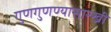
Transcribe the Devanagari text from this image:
गुणगुणण्यासारखी